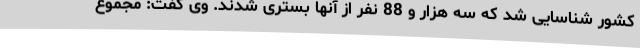
کشور شناسایی شد که سه هزار و 88 نفر از آنها بستری شدند. وی گفت: مجموع